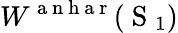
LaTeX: W^{\mathrm{~a~n~h~a~r~}}(\mathrm{~S~}_{1})